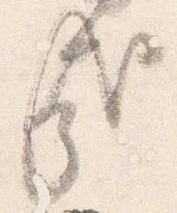
哉